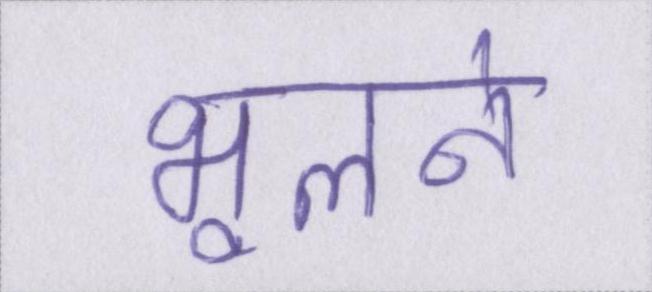
भूलने